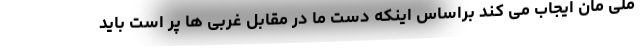
ملی مان ایجاب می کند براساس اینکه دست ما در مقابل غربی ها پر است باید